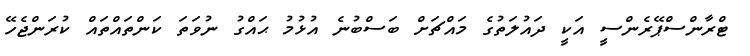
ޓްރާންސްޕޭރެންސީ އަކީ ދައުލަތުގެ މައްޗަށް ބަސްބުނެ އުޅުމު ޙައްގު ނުވަތަ ކަންތައްތައް ކުރަންޖެހޭ